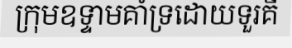
ក្រុមឧទ្ទាមគាំទ្រដោយទួរគី